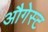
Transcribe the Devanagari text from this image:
औगेस्ट